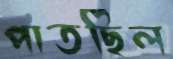
পাতছিল